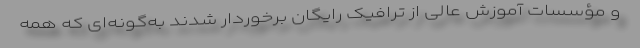
و مؤسسات آموزش عالی از ترافیک رایگان برخوردار شدند به‌گونه‌ای که همه